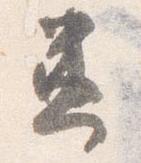
兼